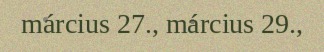
március 27., március 29.,